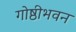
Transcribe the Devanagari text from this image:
गोष्ठीभवन